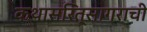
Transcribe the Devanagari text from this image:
कथासरित्सागराची